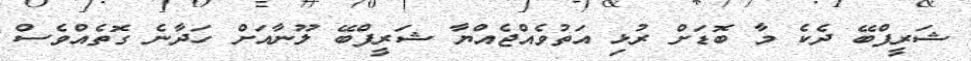
ޝަރީފްބޭ ދެކެ މާ ބޮޑަށް ރުޅި އަތުވެއްޖެއްޔާ ޝަރީފްބޭ ލޫނާއަށް ހަދާނެ ގޮތެއްވެސް